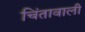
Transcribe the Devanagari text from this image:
चिंतावाली